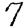
Digit: 7